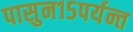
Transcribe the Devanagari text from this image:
पासुन१५पर्यन्त